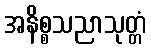
အနိစ္စသညာသုတ္တံ